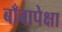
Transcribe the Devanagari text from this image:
बाँबापेक्षा